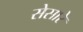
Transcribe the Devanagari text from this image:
सेसारे